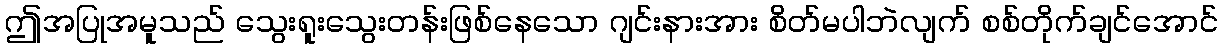
ဤအပြုအမူသည် သွေးရူးသွေးတန်းဖြစ်နေသော ဂျင်းနားအား စိတ်မပါဘဲလျက် စစ်တိုက်ချင်အောင်